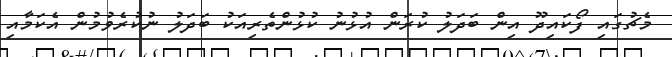
މެޗުގައި ފޯކައިދޫ އިން ބަދަލު ކުރަން އުޅުނު ކުޅުންތެރިއަކު ބަދަލު ނުކުރެވުމުން އެކަމާއި